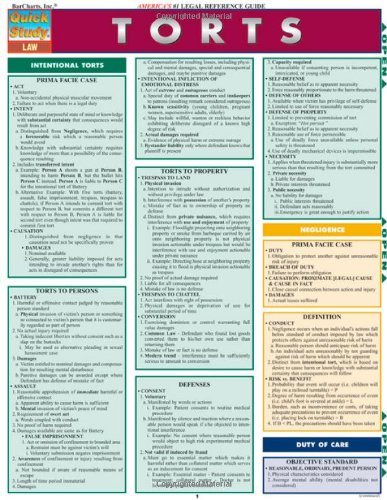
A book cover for Torts  Laminate Reference Chart; Roberta Ford; Law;